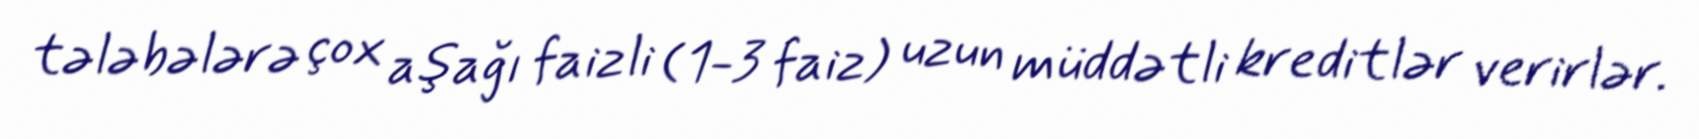
tələbələrə çox aşağı faizli (1-3 faiz) uzun müddətli kreditlər verirlər.